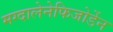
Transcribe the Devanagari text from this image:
मग्दालेनेफिजोर्डेन